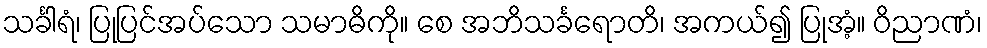
သင်္ခါရံ၊ ပြုပြင်အပ်သော သမာဓိကို။ စေ အဘိသင်္ခရောတိ၊ အကယ်၍ ပြုအံ့။ ဝိညာဏံ၊